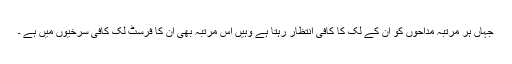
جہاں ہر مرتبہ مداحوں کو ان کے لک کا کافی انتظار رہتا ہے وہیں اس مرتبہ بھی ان کا فرسٹ لک کافی سرخیوں میں ہے ۔